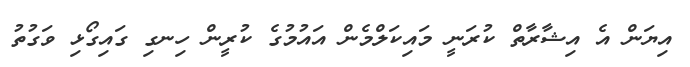
އިޔަން އެ އިޝާރާތް ކުރަނީ މައިކަލްމެން އައުމުގެ ކުރީން ހިނގި ގައިގޯޅި ވަގުތު